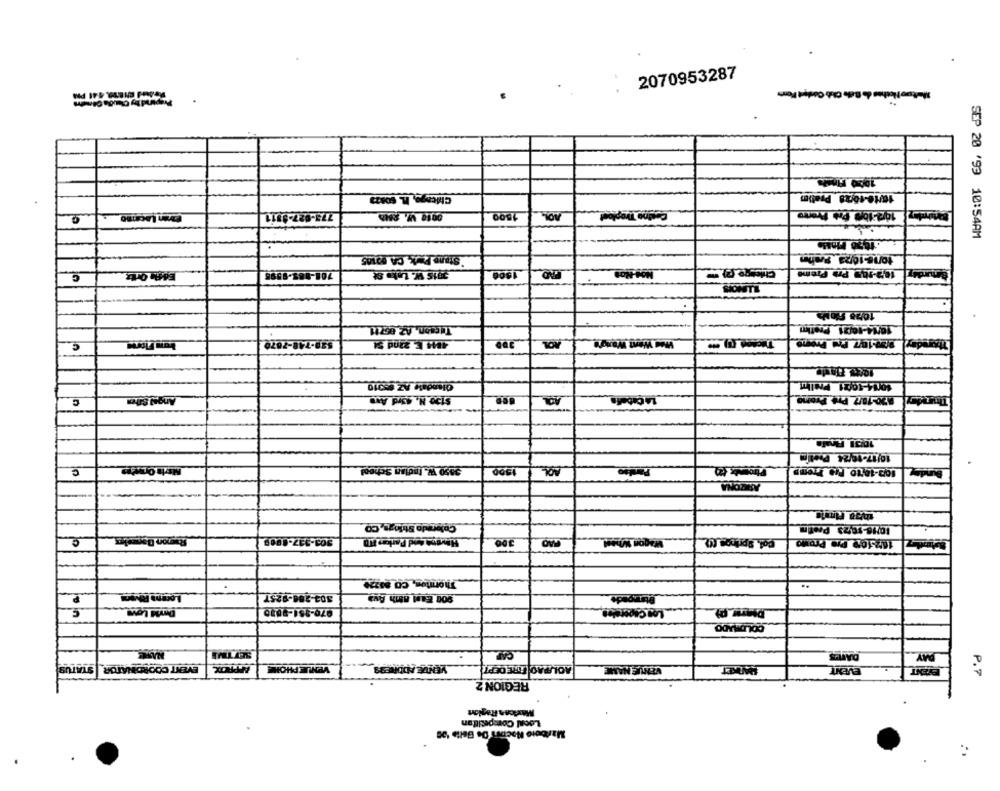
2070953287
19 Finals
Chicage, IL. sonra
10/10-10028 Pratim
tarm Lacamno
773-927-8311
0010 W. SHA
1500
Cestino Troplost
SEP 20 '99 10:54AM
Stuns Park, CA 90105
G
701-865-9595
1500
MON-Non
10/28 Fios
Tucson, A2 06711
10/14-10021 Prefim
bun Flores
539-748-7870
4814 E 220d 51
AOL
Ved Wert Wand's
220-10/7 Pru Prone
Thursday
Glendale AZ @2010
10014-1001 Prelim
$too H. Cord AND
La Cabals
120-18/7 Pre Promo
Angel She
AOL
1001 Finafa
10/17-10/24 Poetİm
3850 WW. Indian School
AOL
1500
100-10-10 Pre Fromp
---
ASTRON
Colorado Strlogs, CO
10/16-10,23 Prefilm
e
300
Cof. Springs (0)
Havena Aad Parken HD
10/2509 Pre Promo
Thornton, CO 88220
303-286-9257
Ptringede
Dml Love
970-951-9650
COLDILADO
SETTIME
DATE
DAY
VENUE NAME
MARKET
EVENT COORDINATOR STATUS
VENUE PHONE
AOLPAO FIRE DEPT
EVENT
EVENT
P.7
REGION 2
Local Competition
Mariboio Noches De Belle '20